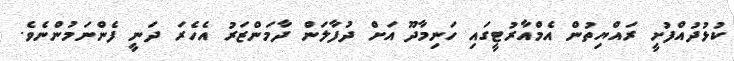
ކުޅުދުއްފުށީ ރައްޔިތުން އެމްއާރުޓީގައި ހަނިމާދޫ އަށް ދުފާލަން ދާމަންޒަރު އެހެރަ ދަނީ ފެންނަމުންނެވެ.